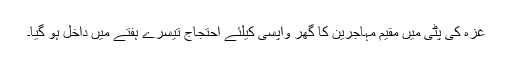
غزہ کی پٹی میں مقیم مہاجرین کا گھر واپسی کیلئے احتجاج تیسرے ہفتے میں داخل ہو گیا۔